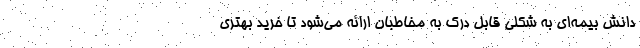
دانش بیمه‌ای به شکلی قابل درک به مخاطبان ارائه می‌شود تا خرید بهتری